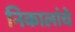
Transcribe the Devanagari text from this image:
निकालांचे